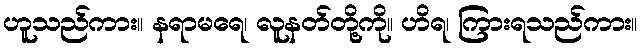
ဟူသည်ကား။ နရာမရေ၊ လူနတ်တို့ကို။ ဟိရ၊ ကြားရသည်ကား။